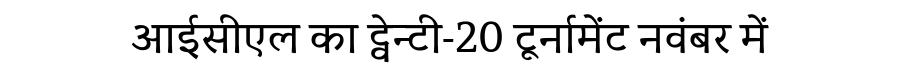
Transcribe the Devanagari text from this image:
आईसीएल का ट्वेन्टी-20 टूर्नामेंट नवंबर में